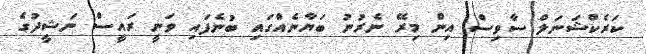
ކަރެކްޝަނަލް ސާވިސް އިން މިރޭ ނެރުނު ބަޔާނެއްގައި ބުނެފައި ވަނީ ރައީސް ނަޝީދުގެ